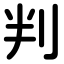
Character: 判